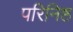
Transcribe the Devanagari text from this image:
परिनिष्ठ